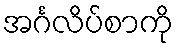
အင်္ဂလိပ်စာကို